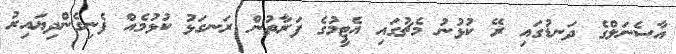
އާސެނަލްގެ ދަނޑުގައި ރޭ ކުޅުނު މެޗުގައި އެޓީމުގެ ފަރާތުން ރަނގަޅު ކުޅުމެއް ފެނިގެންދިޔައިރު